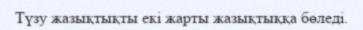
Түзу жазықтықты екі жарты жазықтыққа бөледі.